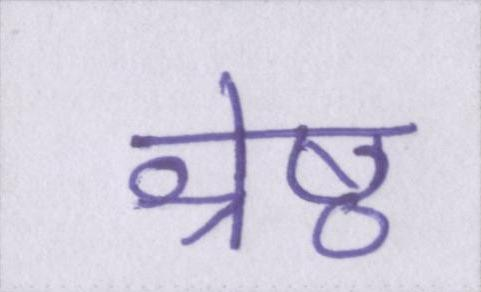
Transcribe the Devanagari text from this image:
श्रेष्ठ